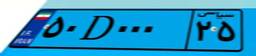
۶۳D۷۸۳۴۱